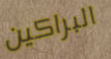
البراكين